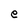
Character: e